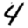
Digit: 4